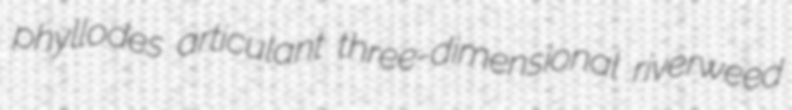
phyllodes articulant three-dimensional riverweed